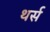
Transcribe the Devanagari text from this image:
थर्स